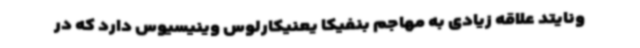
ونایتد علاقه زیادی به مهاجم بنفیکا یعنیکارلوس وینیسیوس دارد که در